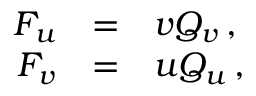
\begin{array} { r c l } { { F _ { u } } } & { { = } } & { { v Q _ { v } \, , } } \\ { { F _ { v } } } & { { = } } & { { u Q _ { u } \, , } } \end{array}